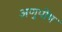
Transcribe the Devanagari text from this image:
अणुपोष